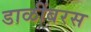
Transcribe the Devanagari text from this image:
डाळींबरस